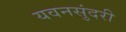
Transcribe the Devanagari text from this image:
यवनसुंदरी